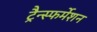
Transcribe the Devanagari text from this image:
ट्रैन्स्फर्मेशन